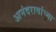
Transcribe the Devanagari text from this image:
आनंदरावांच्या